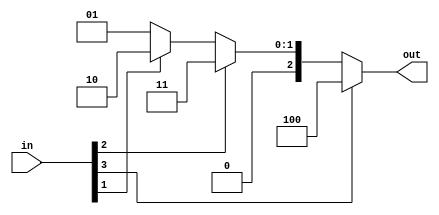
// Code your design here
module priority_encoder(input wire [3:0] in, output reg [2:0] out);

  always @(in[3], in[2], in[1], in[0])
    begin
      if (in[3] == 1'b1)
        out = 3'b100;
      else if (in[2] == 1'b1)
          out = 3'b011;
      else if (in[1] == 1'b1)
          out = 3'b010;
      else
          out = 3'b001;
    end
endmodule